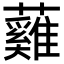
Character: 𧄰